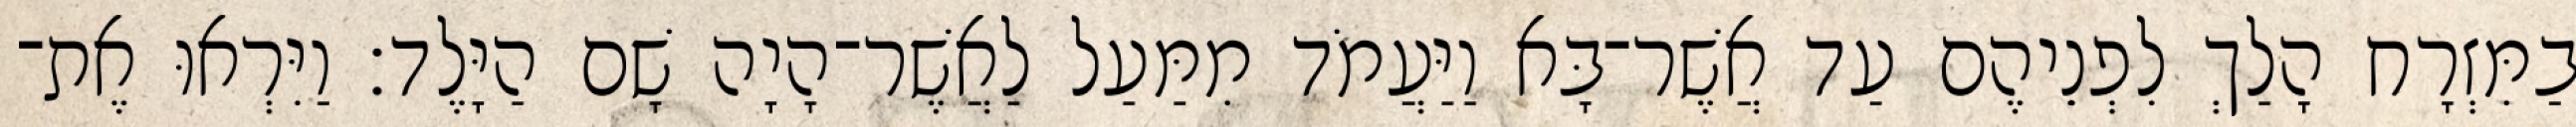
בַמִּזְרָח הָלַךְ לִפְנֵיהֶם עַד אֲשֶׁר־בָּא וַיַּעֲמֹד מִמַּעַל לַאֲשֶׁר־הָיָה שָׁם הַיָּלֶד׃ וַיִּרְאוּ אֶת־